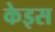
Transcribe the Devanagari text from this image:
केइस